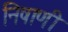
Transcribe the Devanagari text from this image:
निषाणी